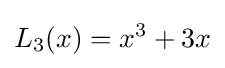
L_{3}(x)=x^{3}+3x